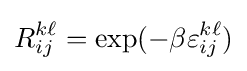
R_{ij}^{k\ell }=\exp(-\beta \varepsilon _{ij}^{k\ell })